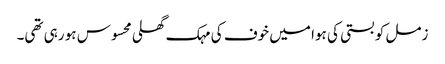
زمل کو بستی کی ہوا میں خوف کی مہک گھلی محسوس ہو رہی تھی۔